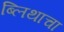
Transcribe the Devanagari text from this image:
ब्लिथाचा